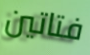
فتاتين